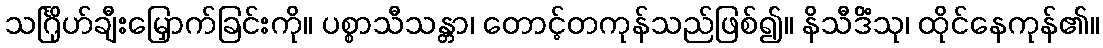
သင်္ဂြိုဟ်ချီးမြှောက်ခြင်းကို။ ပစ္စာသီသန္တာ၊ တောင့်တကုန်သည်ဖြစ်၍။ နိသီဒိံသု၊ ထိုင်နေကုန်၏။